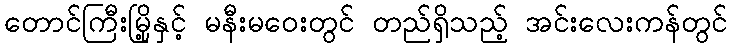
တောင်ကြီးမြို့နှင့် မနီးမဝေးတွင် တည်ရှိသည့် အင်းလေးကန်တွင်